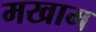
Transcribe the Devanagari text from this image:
मखाम